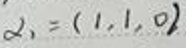
$\alpha_1=(1,1,0)$